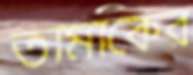
তামাকের